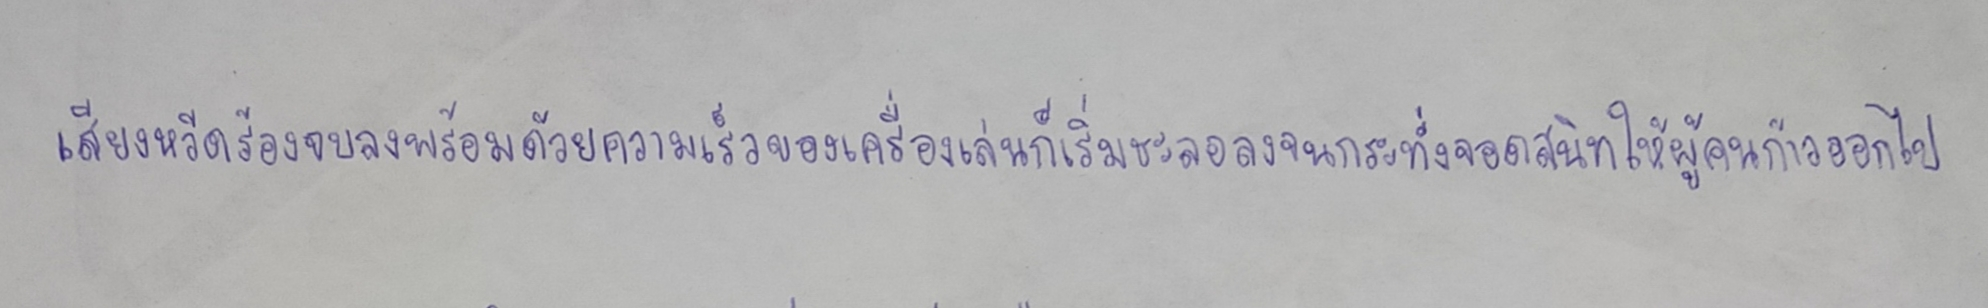
เสียงหวีดร้องจบลงพร้อมด้วยความเร็วของเครื่องเล่นก็เริ่มชะลอลงจนกระทั่งจอดสนิทให้ผู้คนก้าวออกไป